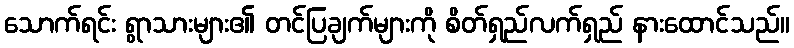
သောက်ရင်း ရွာသားများ၏ တင်ပြချက်များကို စိတ်ရှည်လက်ရှည် နားထောင်သည်။